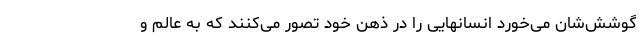
گوشش‌شان می‌خورد انسانهایی را در ذهن خود تصور می‌کنند که به عالم و